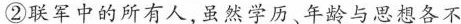
②联军中的所有人，虽然学历、年龄与思想各不